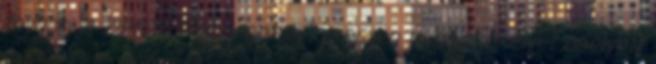
tovabb. A 28-nak, hogy rogton keressen uj munkahelyet ahelyett